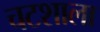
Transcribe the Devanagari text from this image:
चटशाला